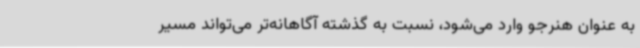
به عنوان هنرجو وارد می‌شود، نسبت به گذشته آگاهانه‌تر می‌تواند مسیر